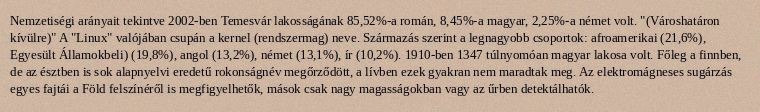
Nemzetiségi arányait tekintve 2002-ben Temesvár lakosságának 85,52%-a román, 8,45%-a magyar, 2,25%-a német volt. "(Városhatáron kívülre)" A "Linux" valójában csupán a kernel (rendszermag) neve. Származás szerint a legnagyobb csoportok: afroamerikai (21,6%), Egyesült Államokbeli) (19,8%), angol (13,2%), német (13,1%), ír (10,2%). 1910-ben 1347 túlnyomóan magyar lakosa volt. Főleg a finnben, de az észtben is sok alapnyelvi eredetű rokonságnév megőrződött, a lívben ezek gyakran nem maradtak meg. Az elektromágneses sugárzás egyes fajtái a Föld felszínéről is megfigyelhetők, mások csak nagy magasságokban vagy az űrben detektálhatók.